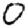
Digit: 0